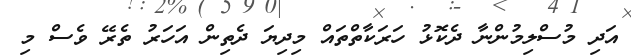
އަދި މުސްލިމުންނާ ދެކޮޅު ހަރަކާތްތައް މިދިޔަ ދެތިން އަހަރު ތެރޭ ވެސް މި